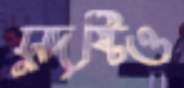
সুদৃষ্টিও